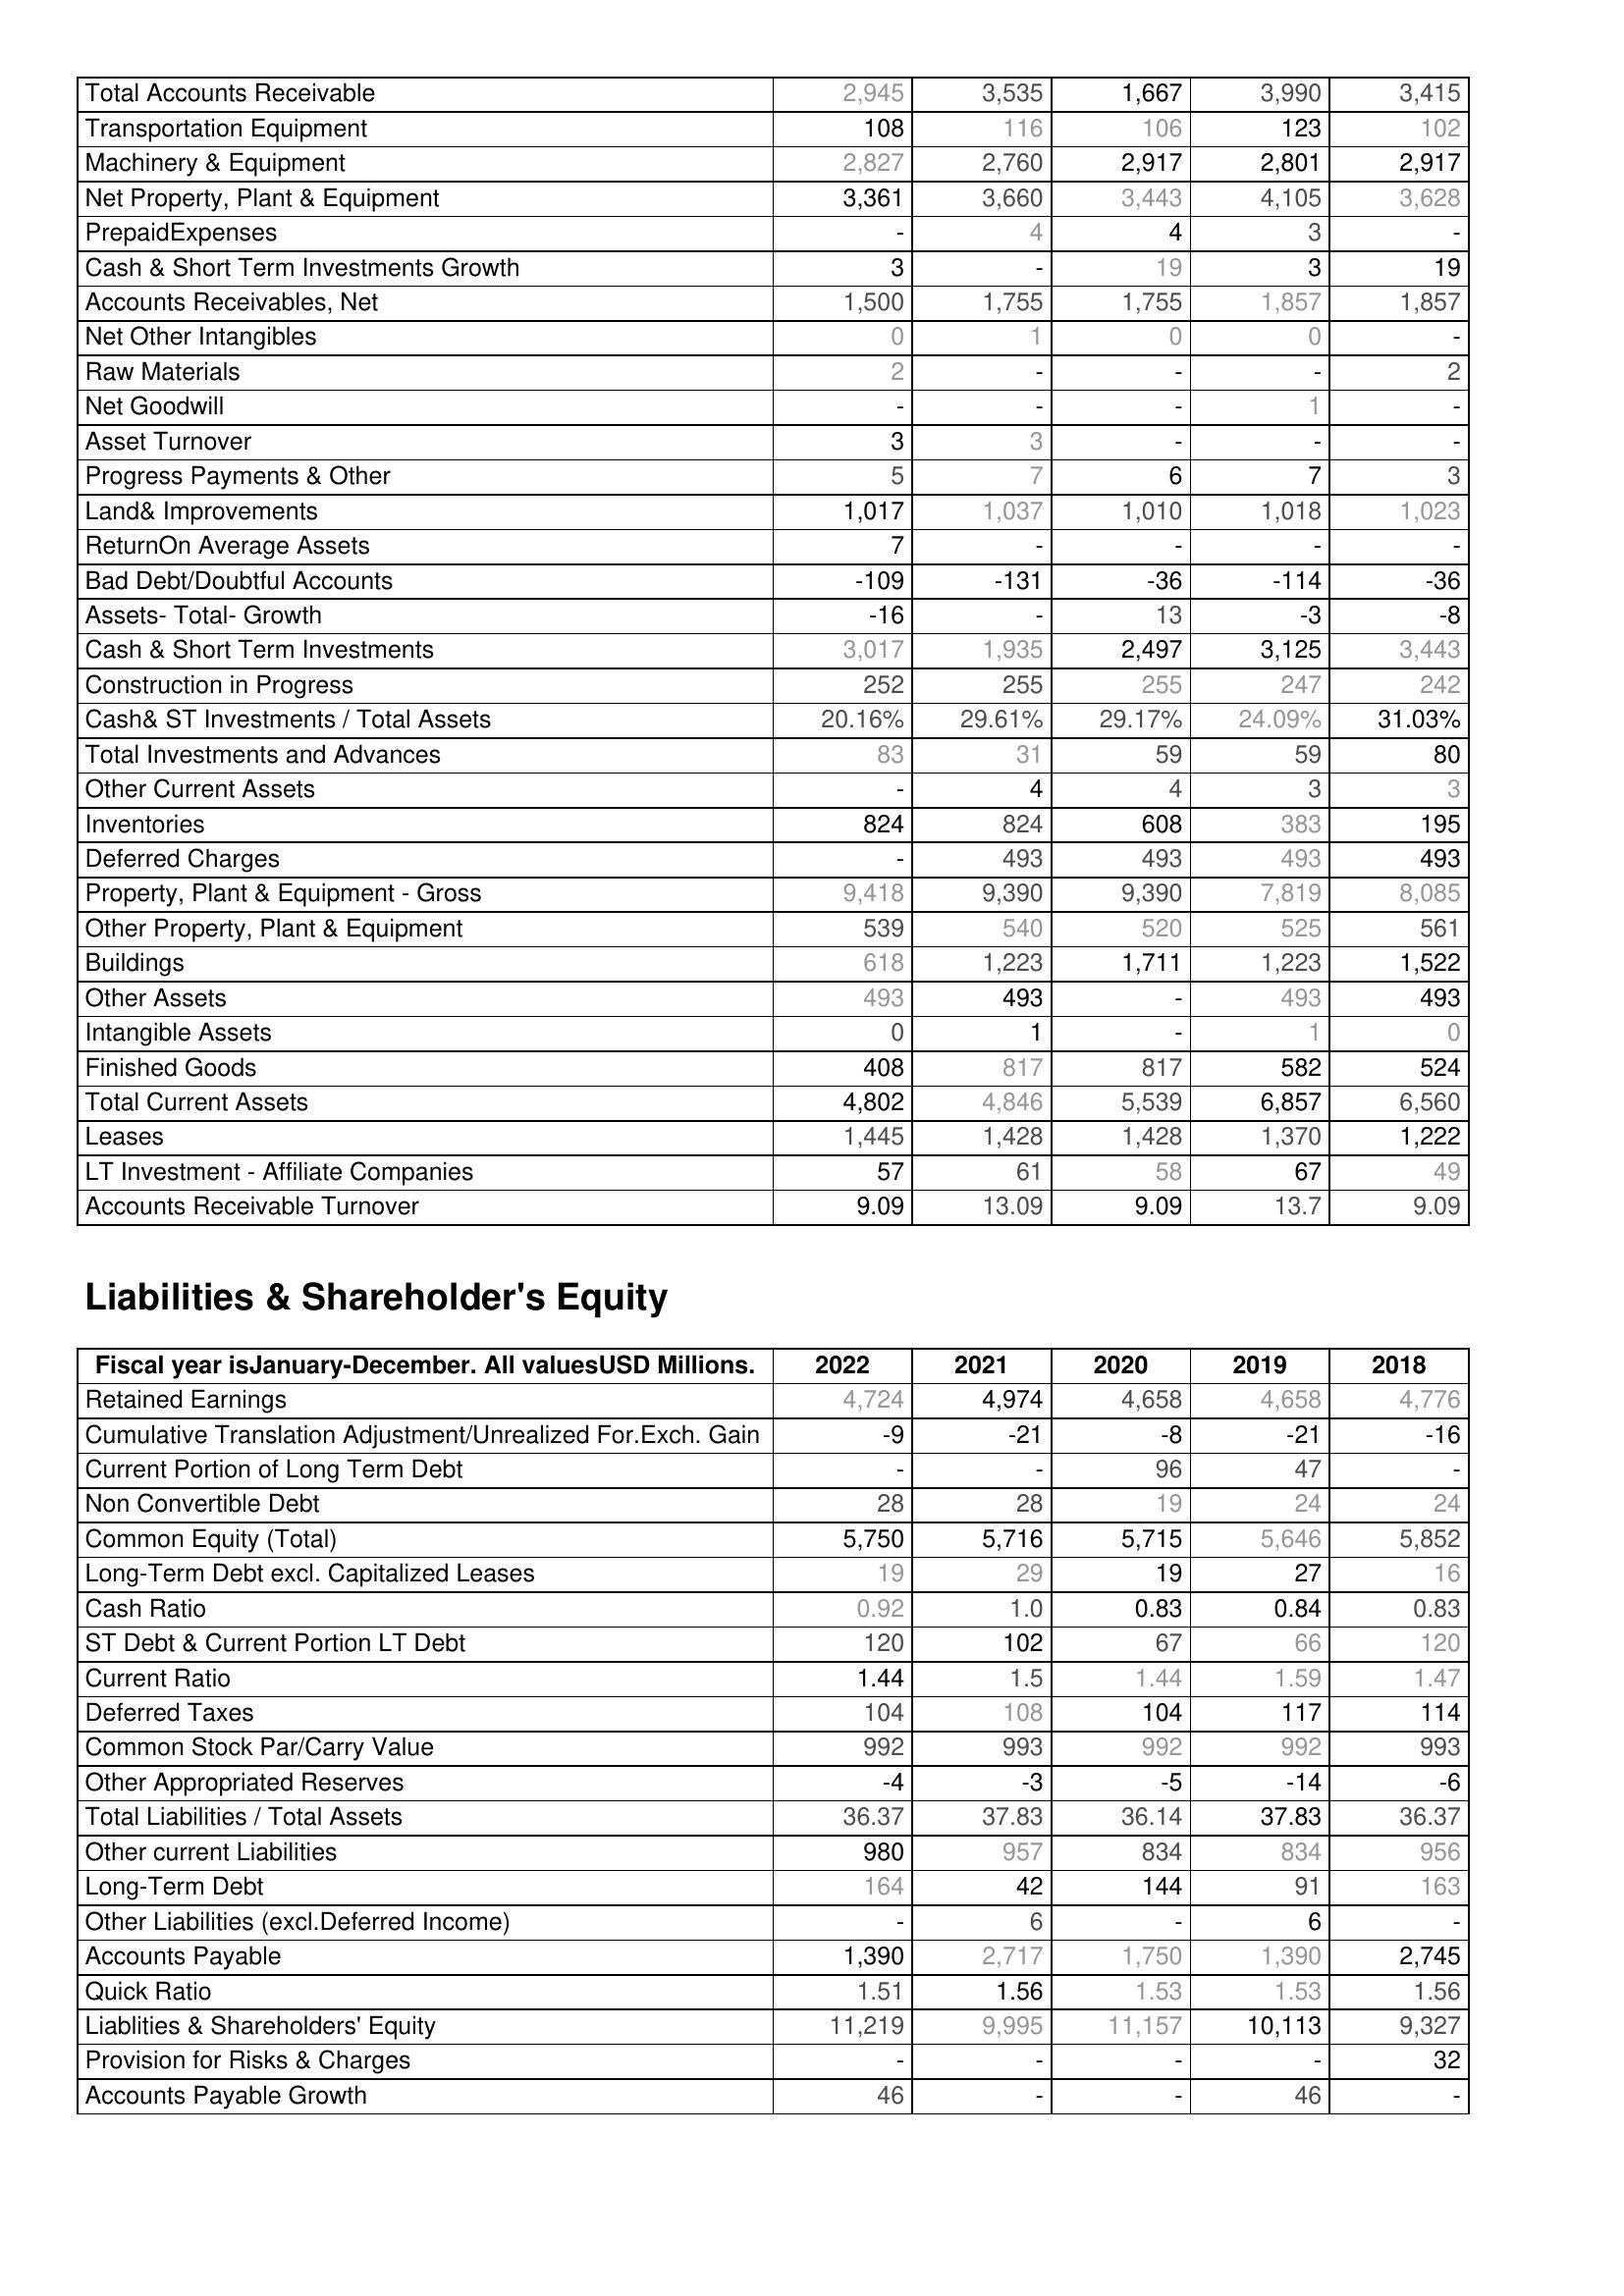
2022: Assets: Total Accounts Receivable: 2,945
Transportation Equipment: 108
Machinery & Equipment: 2,827
Net Property, Plant & Equipment: 3,361
PrepaidExpenses: -
Cash & Short Term Investments Growth: 3
Accounts Receivables, Net: 1,500
Net Other Intangibles: 0
Raw Materials: 2
Net Goodwill: -
Asset Turnover: 3
Progress Payments & Other: 5
Land& Improvements: 1,017
ReturnOn Average Assets: 7
Bad Debt/Doubtful Accounts: -109
Assets- Total- Growth: -16
Cash & Short Term Investments: 3,017
Construction in Progress: 252
Cash& ST Investments / Total Assets: 20.16%
Total Investments and Advances: 83
Other Current Assets: -
Inventories: 824
Deferred Charges: -
Property, Plant & Equipment - Gross : 9,418
Other Property, Plant & Equipment: 539
Buildings: 618
Other Assets: 493
Intangible Assets: 0
Finished Goods: 408
Total Current Assets: 4,802
Leases: 1,445
LT Investment - Affiliate Companies: 57
Accounts Receivable Turnover: 9.09
Liabilities & Shareholder's Equity: Retained Earnings: 4,724
Cumulative Translation Adjustment/Unrealized For.Exch. Gain: -9
Current Portion of Long Term Debt: -
Non Convertible Debt: 28
Common Equity (Total): 5,750
Long-Term Debt excl. Capitalized Leases: 19
Cash Ratio: 0.92
ST Debt & Current Portion LT Debt: 120
Current Ratio: 1.44
Deferred Taxes: 104
Common Stock Par/Carry Value: 992
Other Appropriated Reserves: -4
Total Liabilities / Total Assets: 36.37
Other current Liabilities: 980
Long-Term Debt: 164
Other Liabilities (excl.Deferred Income): -
Accounts Payable: 1,390
Quick Ratio: 1.51
Liablities & Shareholders' Equity: 11,219
Provision for Risks & Charges: -
Accounts Payable Growth: 46
2021: Assets: Total Accounts Receivable: 3,535
Transportation Equipment: 116
Machinery & Equipment: 2,760
Net Property, Plant & Equipment: 3,660
PrepaidExpenses: 4
Cash & Short Term Investments Growth: -
Accounts Receivables, Net: 1,755
Net Other Intangibles: 1
Raw Materials: -
Net Goodwill: -
Asset Turnover: 3
Progress Payments & Other: 7
Land& Improvements: 1,037
ReturnOn Average Assets: -
Bad Debt/Doubtful Accounts: -131
Assets- Total- Growth: -
Cash & Short Term Investments: 1,935
Construction in Progress: 255
Cash& ST Investments / Total Assets: 29.61%
Total Investments and Advances: 31
Other Current Assets: 4
Inventories: 824
Deferred Charges: 493
Property, Plant & Equipment - Gross : 9,390
Other Property, Plant & Equipment: 540
Buildings: 1,223
Other Assets: 493
Intangible Assets: 1
Finished Goods: 817
Total Current Assets: 4,846
Leases: 1,428
LT Investment - Affiliate Companies: 61
Accounts Receivable Turnover: 13.09
Liabilities & Shareholder's Equity: Retained Earnings: 4,974
Cumulative Translation Adjustment/Unrealized For.Exch. Gain: -21
Current Portion of Long Term Debt: -
Non Convertible Debt: 28
Common Equity (Total): 5,716
Long-Term Debt excl. Capitalized Leases: 29
Cash Ratio: 1.0
ST Debt & Current Portion LT Debt: 102
Current Ratio: 1.5
Deferred Taxes: 108
Common Stock Par/Carry Value: 993
Other Appropriated Reserves: -3
Total Liabilities / Total Assets: 37.83
Other current Liabilities: 957
Long-Term Debt: 42
Other Liabilities (excl.Deferred Income): 6
Accounts Payable: 2,717
Quick Ratio: 1.56
Liablities & Shareholders' Equity: 9,995
Provision for Risks & Charges: -
Accounts Payable Growth: -
2020: Assets: Total Accounts Receivable: 1,667
Transportation Equipment: 106
Machinery & Equipment: 2,917
Net Property, Plant & Equipment: 3,443
PrepaidExpenses: 4
Cash & Short Term Investments Growth: 19
Accounts Receivables, Net: 1,755
Net Other Intangibles: 0
Raw Materials: -
Net Goodwill: -
Asset Turnover: -
Progress Payments & Other: 6
Land& Improvements: 1,010
ReturnOn Average Assets: -
Bad Debt/Doubtful Accounts: -36
Assets- Total- Growth: 13
Cash & Short Term Investments: 2,497
Construction in Progress: 255
Cash& ST Investments / Total Assets: 29.17%
Total Investments and Advances: 59
Other Current Assets: 4
Inventories: 608
Deferred Charges: 493
Property, Plant & Equipment - Gross : 9,390
Other Property, Plant & Equipment: 520
Buildings: 1,711
Other Assets: -
Intangible Assets: -
Finished Goods: 817
Total Current Assets: 5,539
Leases: 1,428
LT Investment - Affiliate Companies: 58
Accounts Receivable Turnover: 9.09
Liabilities & Shareholder's Equity: Retained Earnings: 4,658
Cumulative Translation Adjustment/Unrealized For.Exch. Gain: -8
Current Portion of Long Term Debt: 96
Non Convertible Debt: 19
Common Equity (Total): 5,715
Long-Term Debt excl. Capitalized Leases: 19
Cash Ratio: 0.83
ST Debt & Current Portion LT Debt: 67
Current Ratio: 1.44
Deferred Taxes: 104
Common Stock Par/Carry Value: 992
Other Appropriated Reserves: -5
Total Liabilities / Total Assets: 36.14
Other current Liabilities: 834
Long-Term Debt: 144
Other Liabilities (excl.Deferred Income): -
Accounts Payable: 1,750
Quick Ratio: 1.53
Liablities & Shareholders' Equity: 11,157
Provision for Risks & Charges: -
Accounts Payable Growth: -
2019: Assets: Total Accounts Receivable: 3,990
Transportation Equipment: 123
Machinery & Equipment: 2,801
Net Property, Plant & Equipment: 4,105
PrepaidExpenses: 3
Cash & Short Term Investments Growth: 3
Accounts Receivables, Net: 1,857
Net Other Intangibles: 0
Raw Materials: -
Net Goodwill: 1
Asset Turnover: -
Progress Payments & Other: 7
Land& Improvements: 1,018
ReturnOn Average Assets: -
Bad Debt/Doubtful Accounts: -114
Assets- Total- Growth: -3
Cash & Short Term Investments: 3,125
Construction in Progress: 247
Cash& ST Investments / Total Assets: 24.09%
Total Investments and Advances: 59
Other Current Assets: 3
Inventories: 383
Deferred Charges: 493
Property, Plant & Equipment - Gross : 7,819
Other Property, Plant & Equipment: 525
Buildings: 1,223
Other Assets: 493
Intangible Assets: 1
Finished Goods: 582
Total Current Assets: 6,857
Leases: 1,370
LT Investment - Affiliate Companies: 67
Accounts Receivable Turnover: 13.7
Liabilities & Shareholder's Equity: Retained Earnings: 4,658
Cumulative Translation Adjustment/Unrealized For.Exch. Gain: -21
Current Portion of Long Term Debt: 47
Non Convertible Debt: 24
Common Equity (Total): 5,646
Long-Term Debt excl. Capitalized Leases: 27
Cash Ratio: 0.84
ST Debt & Current Portion LT Debt: 66
Current Ratio: 1.59
Deferred Taxes: 117
Common Stock Par/Carry Value: 992
Other Appropriated Reserves: -14
Total Liabilities / Total Assets: 37.83
Other current Liabilities: 834
Long-Term Debt: 91
Other Liabilities (excl.Deferred Income): 6
Accounts Payable: 1,390
Quick Ratio: 1.53
Liablities & Shareholders' Equity: 10,113
Provision for Risks & Charges: -
Accounts Payable Growth: 46
2018: Assets: Total Accounts Receivable: 3,415
Transportation Equipment: 102
Machinery & Equipment: 2,917
Net Property, Plant & Equipment: 3,628
PrepaidExpenses: -
Cash & Short Term Investments Growth: 19
Accounts Receivables, Net: 1,857
Net Other Intangibles: -
Raw Materials: 2
Net Goodwill: -
Asset Turnover: -
Progress Payments & Other: 3
Land& Improvements: 1,023
ReturnOn Average Assets: -
Bad Debt/Doubtful Accounts: -36
Assets- Total- Growth: -8
Cash & Short Term Investments: 3,443
Construction in Progress: 242
Cash& ST Investments / Total Assets: 31.03%
Total Investments and Advances: 80
Other Current Assets: 3
Inventories: 195
Deferred Charges: 493
Property, Plant & Equipment - Gross : 8,085
Other Property, Plant & Equipment: 561
Buildings: 1,522
Other Assets: 493
Intangible Assets: 0
Finished Goods: 524
Total Current Assets: 6,560
Leases: 1,222
LT Investment - Affiliate Companies: 49
Accounts Receivable Turnover: 9.09
Liabilities & Shareholder's Equity: Retained Earnings: 4,776
Cumulative Translation Adjustment/Unrealized For.Exch. Gain: -16
Current Portion of Long Term Debt: -
Non Convertible Debt: 24
Common Equity (Total): 5,852
Long-Term Debt excl. Capitalized Leases: 16
Cash Ratio: 0.83
ST Debt & Current Portion LT Debt: 120
Current Ratio: 1.47
Deferred Taxes: 114
Common Stock Par/Carry Value: 993
Other Appropriated Reserves: -6
Total Liabilities / Total Assets: 36.37
Other current Liabilities: 956
Long-Term Debt: 163
Other Liabilities (excl.Deferred Income): -
Accounts Payable: 2,745
Quick Ratio: 1.56
Liablities & Shareholders' Equity: 9,327
Provision for Risks & Charges: 32
Accounts Payable Growth: -